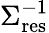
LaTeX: \Sigma_{\mathrm{res}}^{-1}